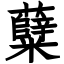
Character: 糵